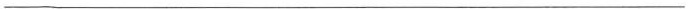
___